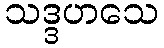
သဒ္ဒဟသေ